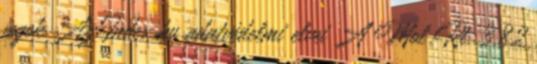
jogok Az Index.hu adatvédelmi elvei A Mol Rt. 3,82